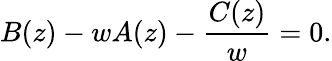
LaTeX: B(z)-wA(z)-\frac{C(z)}{w}=0.